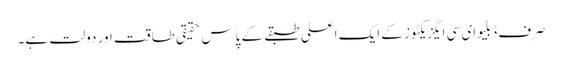
صرف ڈبلیو ای سی ایگزیکٹوز کے ایک اعلی طبقے کے پاس حقیقی طاقت اور دولت ہے۔